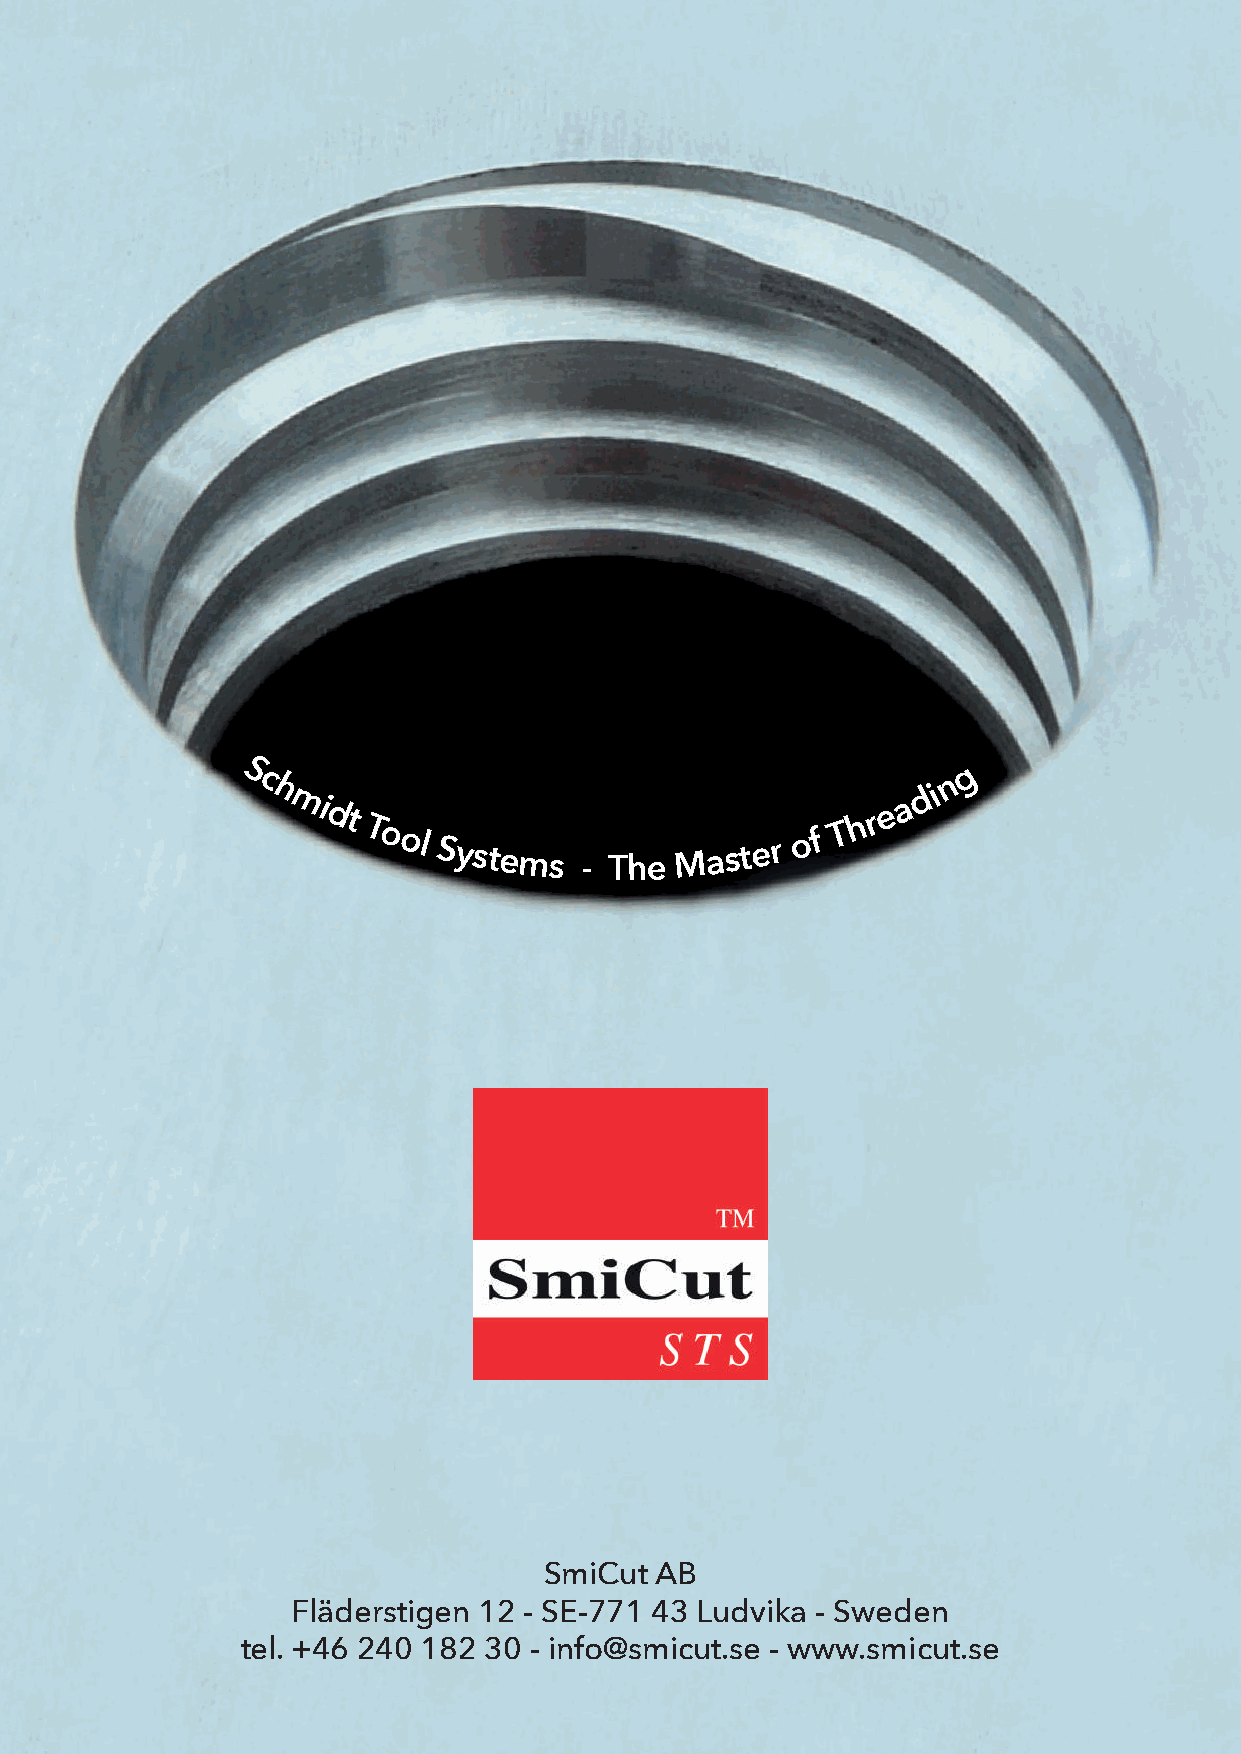
S                                                g
 c                                             n
 h                                           d i
 mi
 dt Tool
 Systems
 - The
 Maste r
 o f
 T h r e
 a
 SmiCut AB
 Fläderstigen 12 - SE-771 43 Ludvika - Sweden
 tel. +46 240 182 30 - info@smicut.se - www.smicut.se